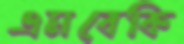
এমবেকি